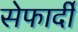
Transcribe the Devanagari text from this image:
सेफार्दी